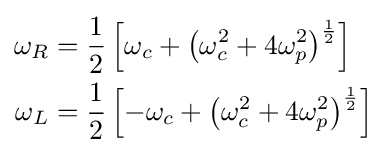
{\begin{aligned}\omega _{R}&={\frac {1}{2}}\left[\omega _{c}+\left(\omega _{c}^{2}+4\omega _{p}^{2}\right)^{\frac {1}{2}}\right]\\\omega _{L}&={\frac {1}{2}}\left[-\omega _{c}+\left(\omega _{c}^{2}+4\omega _{p}^{2}\right)^{\frac {1}{2}}\right]\end{aligned}}